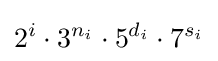
2^{i}\cdot 3^{n_{i}}\cdot 5^{d_{i}}\cdot 7^{s_{i}}